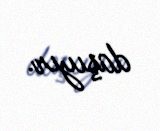
daşıyır.